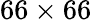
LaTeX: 66\times 66